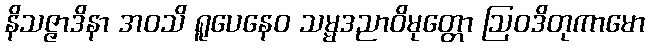
နိသဇ္ဇာဒိနာ အဝသိ ရူပေနေဝ သမ္မဒညာဝိမုတ္တော ဩဝဒိတုကာမော